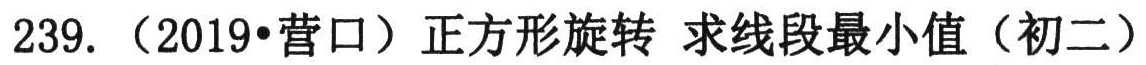
239. （2019•营口）正方形旋转 求线段最小值（初二）